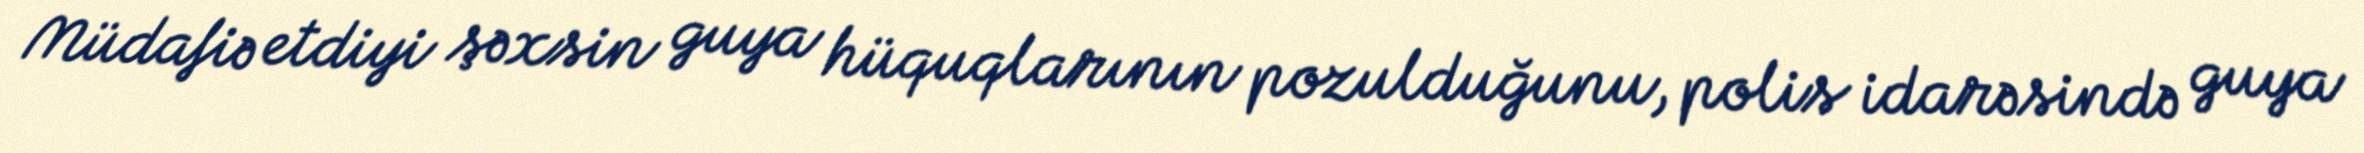
Müdafiə etdiyi şəxsin guya hüquqlarının pozulduğunu, polis idarəsində guya